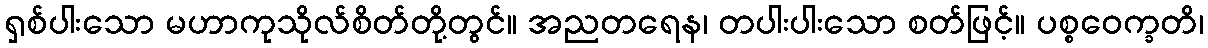
ရှစ်ပါးသော မဟာကုသိုလ်စိတ်တို့တွင်။ အညတရေန၊ တပါးပါးသော စတ်ဖြင့်။ ပစ္စဝေက္ခတိ၊